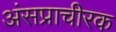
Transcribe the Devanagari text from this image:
अंसप्राचीरक